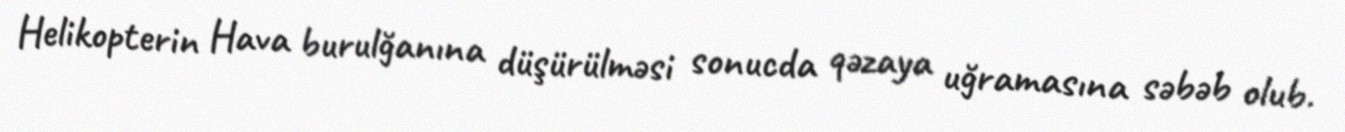
Helikopterin Hava burulğanına düşürülməsi sonucda qəzaya uğramasına səbəb olub.